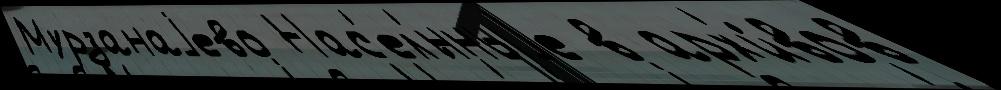
Мурзанаjево Нас'ел'́нныjе в арх'и́вов